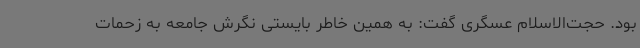
بود. حجت‌الاسلام عسگری گفت: به همین خاطر بایستی نگرش جامعه به زحمات